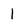
Character: I